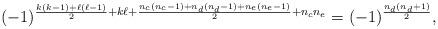
LaTeX: \begin{gather*}(-1)^{ \frac{k(k-1)+\ell(\ell-1)}{2}+k\ell+ \frac{n_c(n_c-1)+n_d(n_d-1)+n_e(n_e-1)}{2}+n_cn_e}=(-1)^{ \frac{n_d(n_d+1)}{2}},\end{gather*}